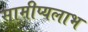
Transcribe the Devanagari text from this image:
सामीप्यलाभ